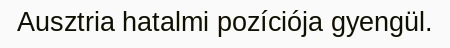
Ausztria hatalmi pozíciója gyengül.